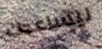
ليساعدك